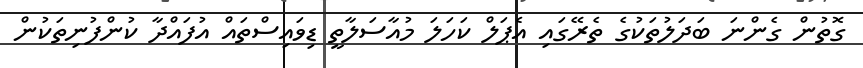
ގޮތުން ގެންނަ ބަދަލުތަކުގެ ތެރޭގައި އެޕަލް ކަހަލަ މުއާސަލާތީ ޑިވައިސްތައް އުފައްދާ ކުންފުނިތަކުން